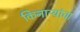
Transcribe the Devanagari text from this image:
किनाऱ्यांचा